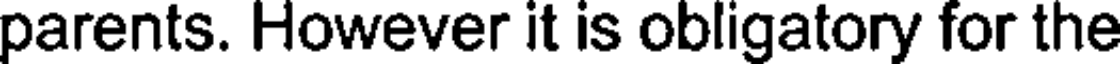
parents. However it is obligatory for the